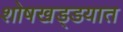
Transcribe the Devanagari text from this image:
शोषखड्डयात